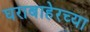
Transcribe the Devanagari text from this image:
घराबाहेरच्या